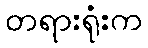
တရားရုံးက